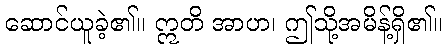
ဆောင်ယူခဲ့၏။ ဣတိ အာဟ၊ ဤသို့အမိန့်ရှိ၏။